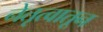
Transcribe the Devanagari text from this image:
नेतृत्वातून